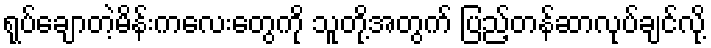
ရုပ်ချောတဲ့မိန်းကလေးတွေကို သူတို့အတွက် ပြည့်တန်ဆာလုပ်ချင်လို့